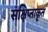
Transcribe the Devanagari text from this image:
संक्षिप्ताकृत